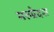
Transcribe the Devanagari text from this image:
मरुप्रेदश